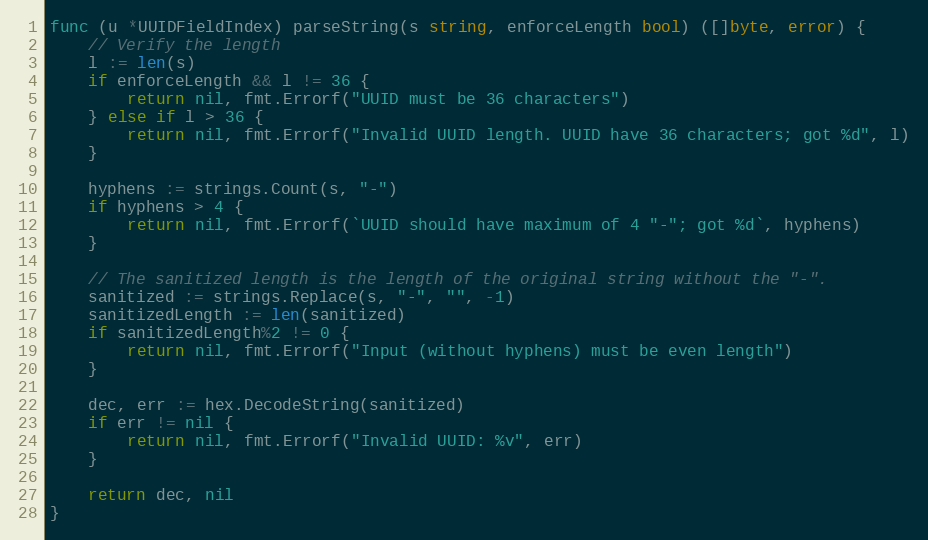
Language: Go
func (u *UUIDFieldIndex) parseString(s string, enforceLength bool) ([]byte, error) {
	// Verify the length
	l := len(s)
	if enforceLength && l != 36 {
		return nil, fmt.Errorf("UUID must be 36 characters")
	} else if l > 36 {
		return nil, fmt.Errorf("Invalid UUID length. UUID have 36 characters; got %d", l)
	}

	hyphens := strings.Count(s, "-")
	if hyphens > 4 {
		return nil, fmt.Errorf(`UUID should have maximum of 4 "-"; got %d`, hyphens)
	}

	// The sanitized length is the length of the original string without the "-".
	sanitized := strings.Replace(s, "-", "", -1)
	sanitizedLength := len(sanitized)
	if sanitizedLength%2 != 0 {
		return nil, fmt.Errorf("Input (without hyphens) must be even length")
	}

	dec, err := hex.DecodeString(sanitized)
	if err != nil {
		return nil, fmt.Errorf("Invalid UUID: %v", err)
	}

	return dec, nil
}